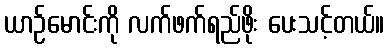
ယာဉ်မောင်းကို လက်ဖက်ရည်ဖိုး ပေးသင့်တယ်။